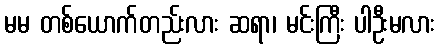
မမ တစ်ယောက်တည်းလား ဆရာ၊ မင်းကြီး ပါဦးမလား